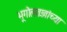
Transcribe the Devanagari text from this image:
भूगोलतज्ञांच्या